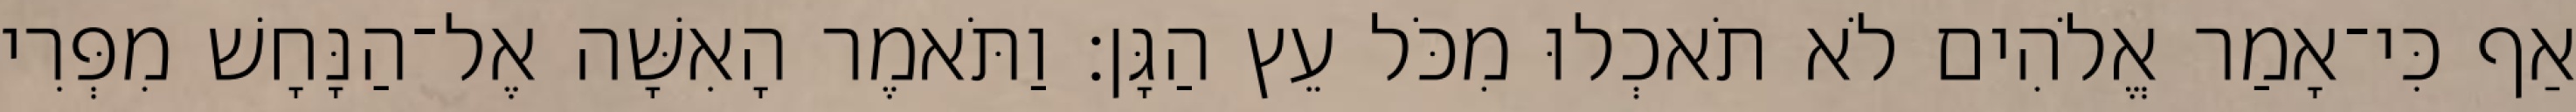
אַף כִּי־אָמַר אֱלֹהִים לֹא תֹאכְלוּ מִכֹּל עֵץ הַגָּן׃ וַתֹּאמֶר הָאִשָּׁה אֶל־הַנָּחָשׁ מִפְּרִי